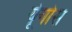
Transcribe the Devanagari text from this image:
र्यूगोस